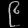
Digit: ၉